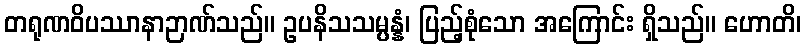
တရုဏဝိပဿာနာဉာဏ်သည်။ ဥပနိသသမ္ပန္နံ၊ ပြည့်စုံသော အကြောင်း ရှိသည်။ ဟောတိ၊